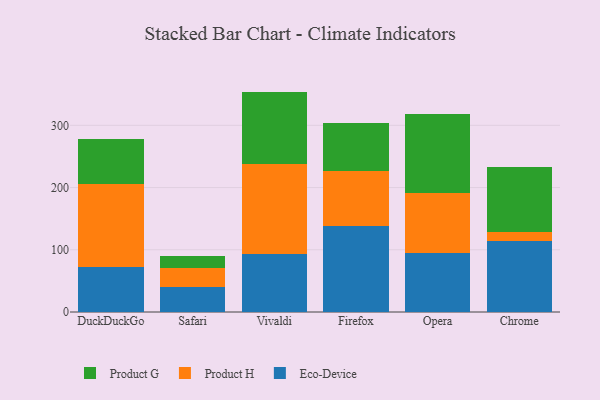
{"axis": {"x": "Browser", "y": "Latency (ms)"}, "legend": ["Eco-Device", "Product G", "Product H"], "data": [{"x": "DuckDuckGo", "y": 72.5, "type": "Eco-Device"}, {"x": "DuckDuckGo", "y": 133.2, "type": "Product H"}, {"x": "DuckDuckGo", "y": 73.1, "type": "Product G"}, {"x": "Safari", "y": 40.6, "type": "Eco-Device"}, {"x": "Safari", "y": 30.0, "type": "Product H"}, {"x": "Safari", "y": 20.0, "type": "Product G"}, {"x": "Vivaldi", "y": 92.8, "type": "Eco-Device"}, {"x": "Vivaldi", "y": 145.8, "type": "Product H"}, {"x": "Vivaldi", "y": 115.6, "type": "Product G"}, {"x": "Firefox", "y": 137.7, "type": "Eco-Device"}, {"x": "Firefox", "y": 89.7, "type": "Product H"}, {"x": "Firefox", "y": 75.9, "type": "Product G"}, {"x": "Opera", "y": 94.7, "type": "Eco-Device"}, {"x": "Opera", "y": 95.9, "type": "Product H"}, {"x": "Opera", "y": 127.6, "type": "Product G"}, {"x": "Chrome", "y": 114.4, "type": "Eco-Device"}, {"x": "Chrome", "y": 13.8, "type": "Product H"}, {"x": "Chrome", "y": 104.2, "type": "Product G"}]}